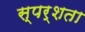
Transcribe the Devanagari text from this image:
स्पर्शता